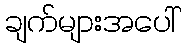
ချက်များအပေါ်